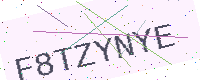
Text: F8TZYNYE